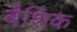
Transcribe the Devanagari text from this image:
बैशिक